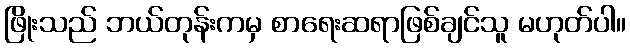
ဖြိုးသည် ဘယ်တုန်းကမှ စာရေးဆရာဖြစ်ချင်သူ မဟုတ်ပါ။